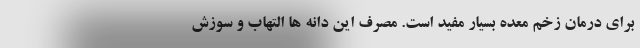
برای درمان زخم معده بسیار مفید است. مصرف این دانه ها التهاب و سوزش